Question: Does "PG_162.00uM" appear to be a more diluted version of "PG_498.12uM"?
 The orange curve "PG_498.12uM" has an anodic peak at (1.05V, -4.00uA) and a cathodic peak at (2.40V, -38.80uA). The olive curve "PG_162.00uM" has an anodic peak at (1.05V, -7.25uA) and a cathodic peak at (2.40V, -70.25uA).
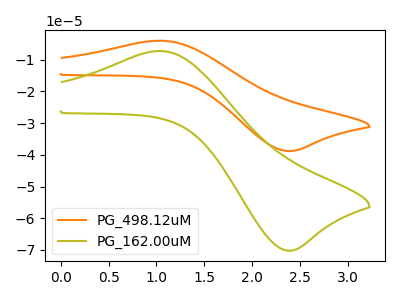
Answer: <think>All the peaks in "PG_162.00uM" have a peak in "PG_498.12uM" at the same potential.
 </think>
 <answer>I cant tell if "PG_162.00uM" or "PG_498.12uM" has higher concentration.</answer>
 <eval>mixed_concentration</eval>